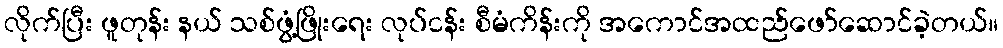
လိုက်ပြီး ဖူတုန်း နယ် သစ်ဖွံ့ဖြိုးရေး လုပ်ငန်း စီမံကိန်းကို အကောင်အထည်ဖော်ဆောင်ခဲ့တယ်။